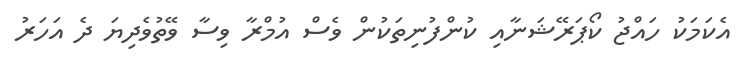
އެކަމަކު ހައްޖު ކޯޕަރޭޝަނާއި ކުންފުނިތަކުން ވެސް އުމްރާ ވިސާ ވޭތުވެދިޔަ ދެ އަހަރު